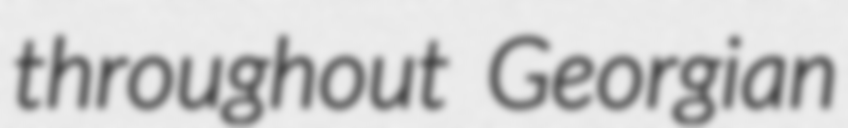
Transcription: throughout Georgian